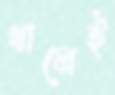
খালেই